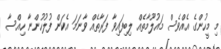
މި މީހުންގެ އެއްވެސް މައުލޫމާތެއް ލިބިފައިވާ ފަރާތެއް ވާނަމަ އެކަން ފުލުހުންނާ ހިއްސާ